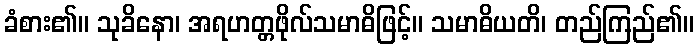
ခံစား၏။ သုခိနော၊ အရဟတ္တဖိုလ်သမာဓိဖြင့်။ သမာဓိယတိ၊ တည်ကြည်၏။